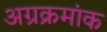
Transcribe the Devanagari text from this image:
अग्रक्रमांक